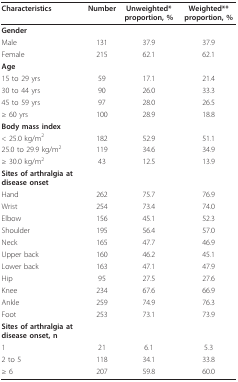
<table><thead><tr><td><b>Characteristics</b></td><td><b>Number</b></td><td><b>Unweighted*proportion, %</b></td><td><b>Weighted**proportion, %</b></td></tr></thead><tbody><tr><td><b>Gender</b></td><td></td><td></td><td></td></tr><tr><td>Male</td><td>131</td><td>37.9</td><td>37.9</td></tr><tr><td>Female</td><td>215</td><td>62.1</td><td>62.1</td></tr><tr><td><b>Age</b></td><td></td><td></td><td></td></tr><tr><td>15 to 29 yrs</td><td>59</td><td>17.1</td><td>21.4</td></tr><tr><td>30 to 44 yrs</td><td>90</td><td>26.0</td><td>33.3</td></tr><tr><td>45 to 59 yrs</td><td>97</td><td>28.0</td><td>26.5</td></tr><tr><td>≥ 60 yrs</td><td>100</td><td>28.9</td><td>18.8</td></tr><tr><td><b>Body mass index</b></td><td></td><td></td><td></td></tr><tr><td>&lt; 25.0 kg/m<sup>2</sup></td><td>182</td><td>52.9</td><td>51.1</td></tr><tr><td>25.0 to 29.9 kg/m<sup>2</sup></td><td>119</td><td>34.6</td><td>34.9</td></tr><tr><td>≥ 30.0 kg/m<sup>2</sup></td><td>43</td><td>12.5</td><td>13.9</td></tr><tr><td><b>Sites of arthralgia at disease onset</b></td><td></td><td></td><td></td></tr><tr><td>Hand</td><td>262</td><td>75.7</td><td>76.9</td></tr><tr><td>Wrist</td><td>254</td><td>73.4</td><td>74.0</td></tr><tr><td>Elbow</td><td>156</td><td>45.1</td><td>52.3</td></tr><tr><td>Shoulder</td><td>195</td><td>56.4</td><td>57.0</td></tr><tr><td>Neck</td><td>165</td><td>47.7</td><td>46.9</td></tr><tr><td>Upper back</td><td>160</td><td>46.2</td><td>45.1</td></tr><tr><td>Lower back</td><td>163</td><td>47.1</td><td>47.9</td></tr><tr><td>Hip</td><td>95</td><td>27.5</td><td>27.6</td></tr><tr><td>Knee</td><td>234</td><td>67.6</td><td>66.9</td></tr><tr><td>Ankle</td><td>259</td><td>74.9</td><td>76.3</td></tr><tr><td>Foot</td><td>253</td><td>73.1</td><td>73.9</td></tr><tr><td><b>Sites of arthralgia at disease onset, n</b></td><td></td><td></td><td></td></tr><tr><td>1</td><td>21</td><td>6.1</td><td>5.3</td></tr><tr><td>2 to 5</td><td>118</td><td>34.1</td><td>33.8</td></tr><tr><td>≥ 6</td><td>207</td><td>59.8</td><td>60.0</td></tr></tbody></table>